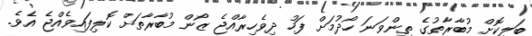
ބަލިކޮށް މުބާރާތުގެ ތިންވަނަ ހޯދުމަށް ފަހު ދިވެހިރާއްޖެ ޒޯން މުބާރާތަށް ކޮލިފައިވެއްޖެ އެވެ.